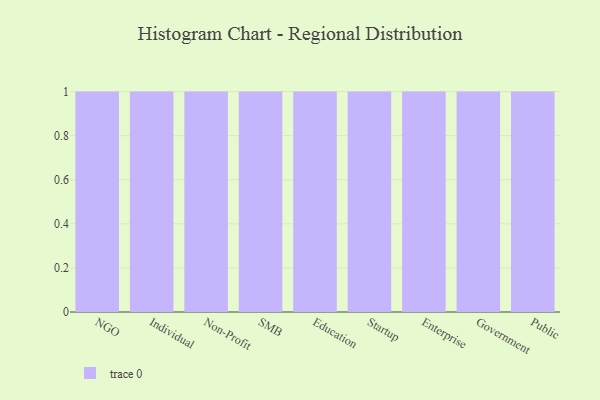
{"axis": {"x": "Segment", "y": "Tickets Resolved"}, "legend": [""], "data": [{"x": "NGO", "y": 52, "type": ""}, {"x": "Individual", "y": 20, "type": ""}, {"x": "Non-Profit", "y": 29, "type": ""}, {"x": "SMB", "y": 64, "type": ""}, {"x": "Education", "y": 57, "type": ""}, {"x": "Startup", "y": 84, "type": ""}, {"x": "Enterprise", "y": 21, "type": ""}, {"x": "Government", "y": 9, "type": ""}, {"x": "Public", "y": 62, "type": ""}]}